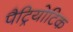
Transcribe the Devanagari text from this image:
पैट्रियोटिक